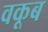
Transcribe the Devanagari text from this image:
वकूब